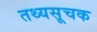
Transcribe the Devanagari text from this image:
तथ्यसूचक